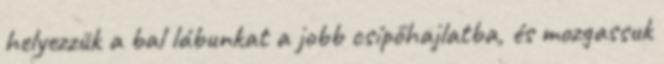
helyezzük a bal lábunkat a jobb csípőhajlatba, és mozgassuk